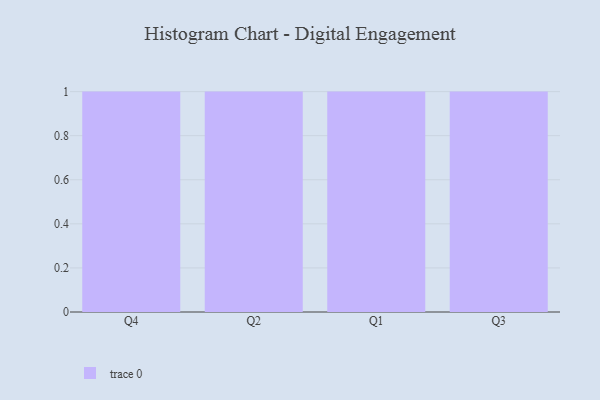
{"axis": {"x": "Quarter", "y": "Production Output"}, "legend": [""], "data": [{"x": "Q4", "y": 21, "type": ""}, {"x": "Q2", "y": 60, "type": ""}, {"x": "Q1", "y": 68, "type": ""}, {"x": "Q3", "y": 48, "type": ""}]}